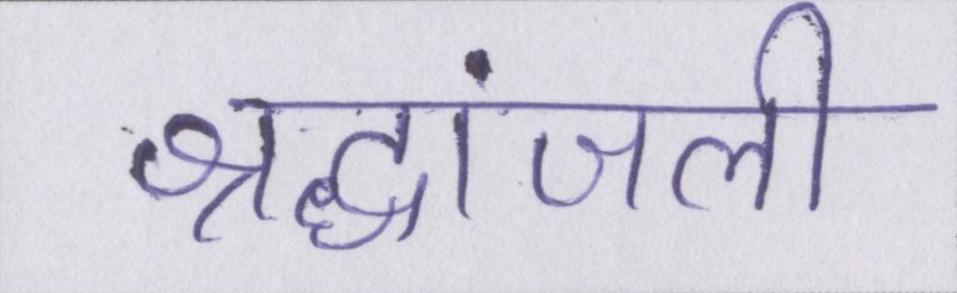
श्रद्धांजली